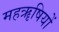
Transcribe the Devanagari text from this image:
महॠषियों